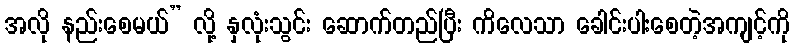
အလို နည်းစေမယ်” လို့ နှလုံးသွင်း ဆောက်တည်ပြီး ကိလေသာ ခေါင်းပါးစေတဲ့အကျင့်ကို